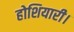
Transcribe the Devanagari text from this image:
होशियारी।